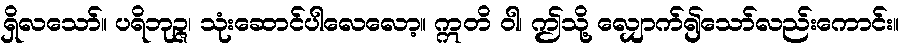
ရှိလသော်။ ပရိဘုဉ္ဇ၊ သုံးဆောင်ပါလေလော့။ ဣတိ ဝါ၊ ဤသို့ လျှောက်၍သော်လည်းကောင်း။